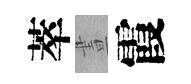
萃晝霞